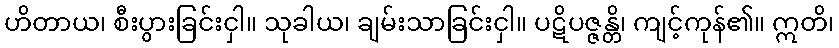
ဟိတာယ၊ စီးပွားခြင်းငှါ။ သုခါယ၊ ချမ်းသာခြင်းငှါ။ ပဋိပဇ္ဇန္တိ၊ ကျင့်ကုန်၏။ ဣတိ၊